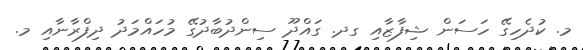
މ. ކުދެހިގޭ ހަސަން ޝިފާޒާއި ގދ. ގައްދޫ ސިންދުބާދުގޭ މުހައްމަދު ދިފްރާނާއި މ.